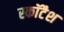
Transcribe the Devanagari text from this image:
स्कॉटैश